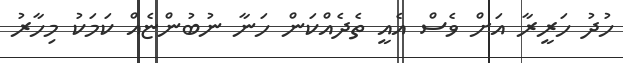
ހުދު ހަރީރާ އަށް ވެސް އެއީ ތެދެއްކަން ހަނާ ނުބުންްޏެއް ކަމަކު މިހާރު